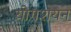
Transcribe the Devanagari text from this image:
योगशयन